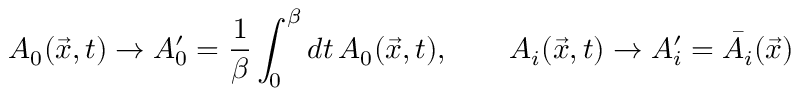
A _ { 0 } ( \vec { x } , t ) \rightarrow A _ { 0 } ^ { \prime } = { \frac { 1 } { \beta } } \int _ { 0 } ^ { \beta } d t \, A _ { 0 } ( \vec { x } , t ) , \qquad A _ { i } ( \vec { x } , t ) \rightarrow A _ { i } ^ { \prime } = \bar { A } _ { i } ( \vec { x } )